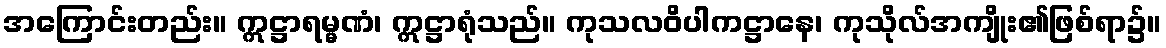
အကြောင်းတည်း။ ဣဋ္ဌာရမ္မဏံ၊ ဣဋ္ဌာရုံသည်။ ကုသလဝိပါကဋ္ဌာနေ၊ ကုသိုလ်အကျိုး၏ဖြစ်ရာ၌။